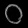
Digit: ၀